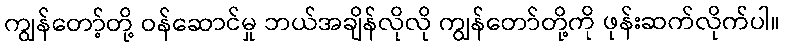
ကျွန်တော့်တို့ ဝန်ဆောင်မှု ဘယ်အချိန်လိုလို ကျွန်တော်တို့ကို ဖုန်းဆက်လိုက်ပါ။